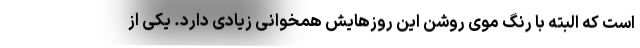
است که البته با رنگ موی روشن این روزهایش همخوانی زیادی دارد. یکی از